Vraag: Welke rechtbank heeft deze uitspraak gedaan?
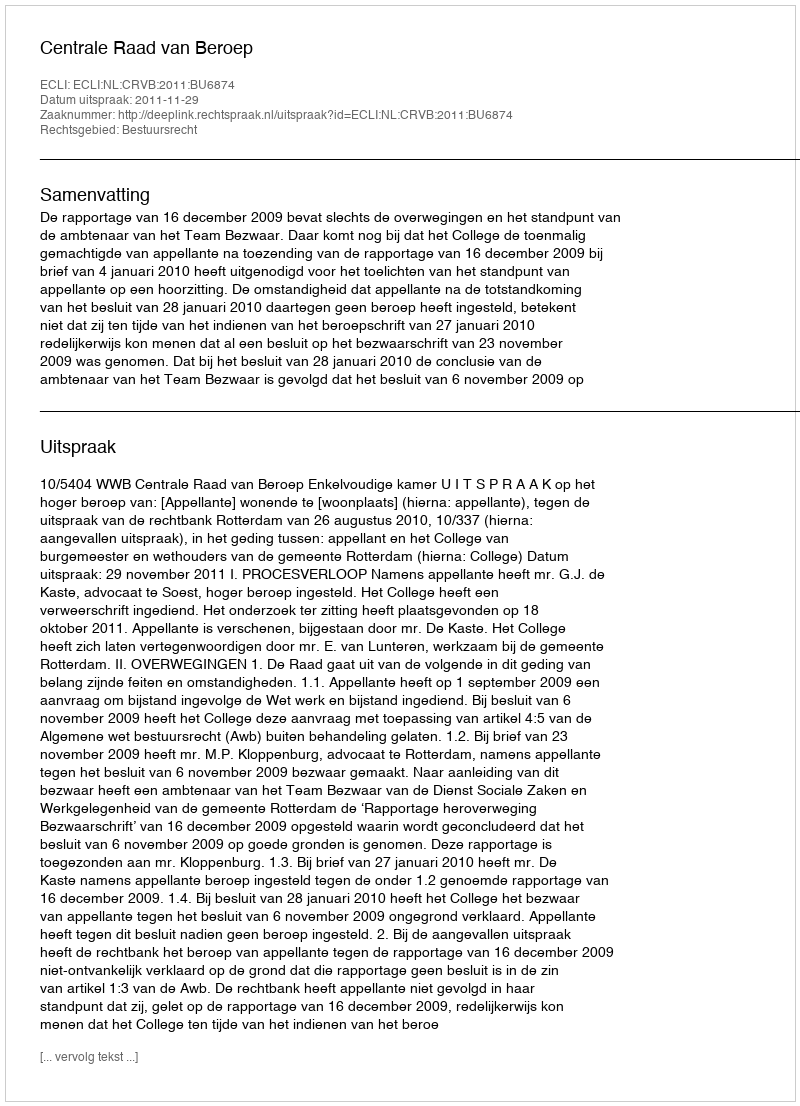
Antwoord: Centrale Raad van Beroep